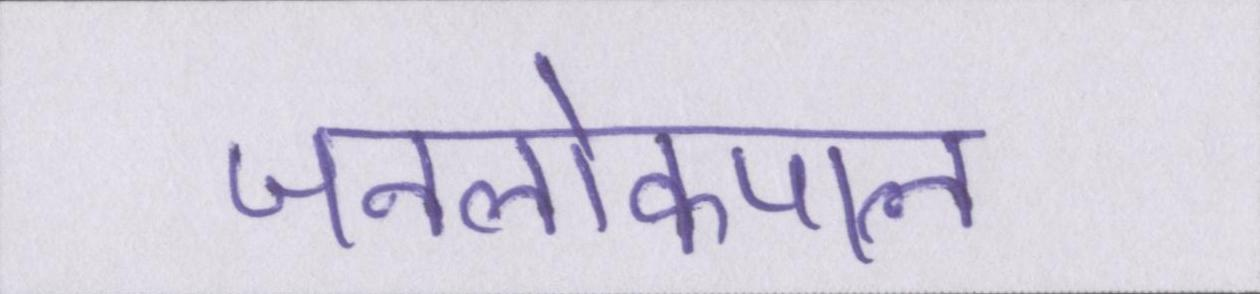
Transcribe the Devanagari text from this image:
जनलोकपाल